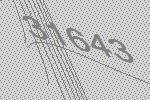
31643